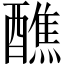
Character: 醮